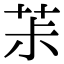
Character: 茮